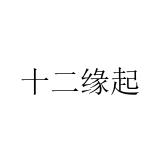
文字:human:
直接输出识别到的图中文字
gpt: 十二缘起